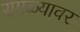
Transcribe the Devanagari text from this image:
सगळ्यावर